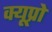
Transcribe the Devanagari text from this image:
क्यूप्रो